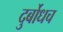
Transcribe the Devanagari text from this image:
दुर्बोधच